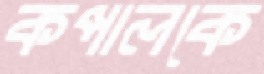
কপালকে